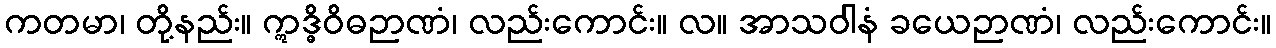
ကတမာ၊ တို့နည်း။ ဣဒ္ဓိဝိဓဉာဏံ၊ လည်းကောင်း။ လ။ အာသဝါနံ ခယေဉာဏံ၊ လည်းကောင်း။